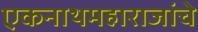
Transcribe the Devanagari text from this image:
एकनाथमहाराजांचे